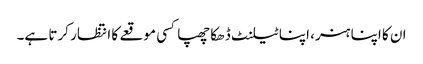
ان کا اپنا ہنر، اپنا ٹیلنٹ ڈھکا چھپا کسی موقعے کا انتظار کرتا ہے۔